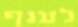
לענף